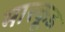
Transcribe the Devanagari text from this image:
मारकूड